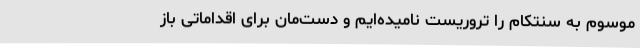
موسوم به سنتکام را تروریست نامیده‌ایم و دست‌مان برای اقداماتی باز